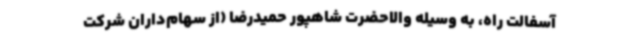
آسفالت راه، به وسیله والاحضرت شاهپور حمیدرضا (از سهام‌داران شرکت